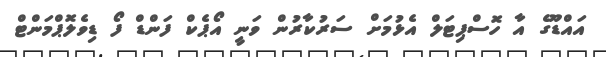
އައްޑޫގެ އާ ހޮސްޕިޓަލް އެޅުމަށް ސަރުކާރުން ވަނީ އޯޕެކް ފަންޑް ފޯ ޑިވެލޮޕްމަންޓް